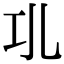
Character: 𢀗